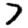
Digit: 7